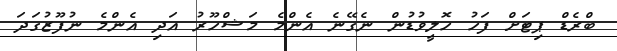
ބްރެޑް ޕިޓަށް ފަހު ހޮލީވުޑުން ނެގޭނެ އެންމެ މަޝްހޫރު އަދި އެންމެ ނުފޫޒުގަދަ